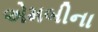
એમબીના